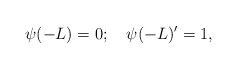
\begin{align*} \psi(-L)=0; \quad \psi(-L)'=1,\end{align*}